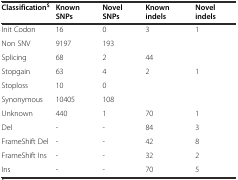
<table><thead><tr><td><b>Classification<sup>$</sup></b></td><td><b>Known SNPs</b></td><td><b>Novel SNPs</b></td><td><b>Known indels</b></td><td><b>Novel indels</b></td></tr></thead><tbody><tr><td>Init Codon</td><td>16</td><td>0</td><td>3</td><td>1</td></tr><tr><td>Non SNV</td><td>9197</td><td>193</td><td></td><td></td></tr><tr><td>Splicing</td><td>68</td><td>2</td><td>44</td><td></td></tr><tr><td>Stopgain</td><td>63</td><td>4</td><td>2</td><td>1</td></tr><tr><td>Stoploss</td><td>10</td><td>0</td><td></td><td></td></tr><tr><td>Synonymous</td><td>10405</td><td>108</td><td></td><td></td></tr><tr><td>Unknown</td><td>440</td><td>1</td><td>70</td><td>1</td></tr><tr><td>Del</td><td>-</td><td>-</td><td>84</td><td>3</td></tr><tr><td>FrameShift Del</td><td>-</td><td>-</td><td>42</td><td>8</td></tr><tr><td>FrameShift Ins</td><td>-</td><td>-</td><td>32</td><td>2</td></tr><tr><td>Ins</td><td>-</td><td>-</td><td>70</td><td>5</td></tr></tbody></table>